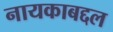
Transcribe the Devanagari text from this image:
नायकाबद्दल